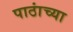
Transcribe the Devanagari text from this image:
पाठांच्या